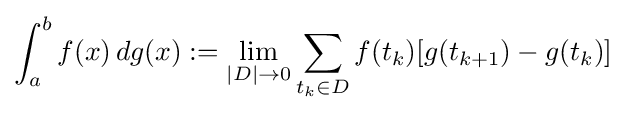
\int _{a}^{b}f(x)\,dg(x):=\lim _{|D|\to 0}\sum _{t_{k}\in D}f(t_{k})[g(t_{k+1})-g({t_{k}})]